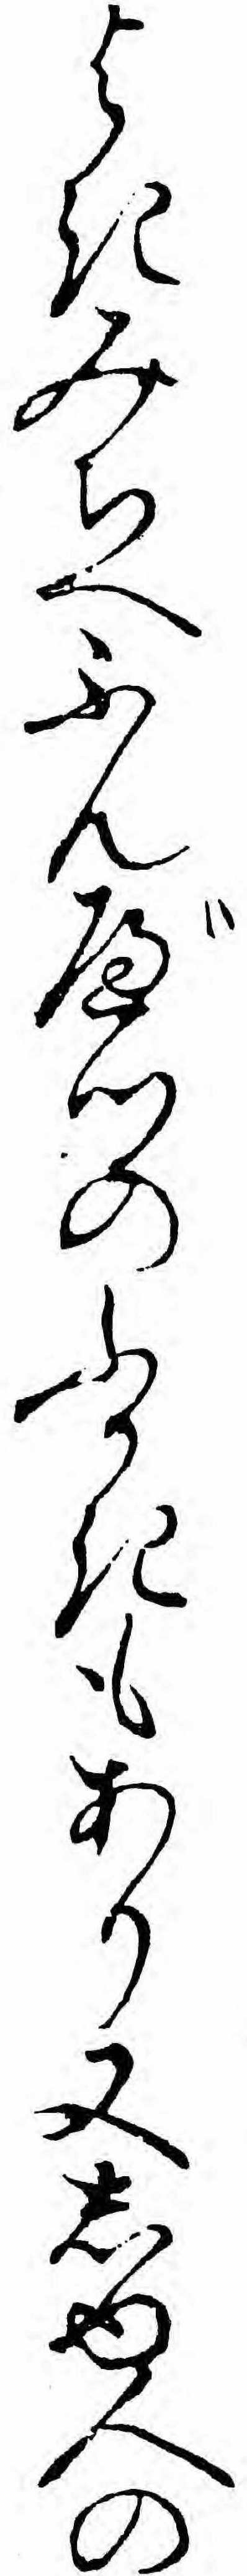
よきみちへふんべつのふかきもあり又しゆ人の